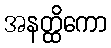
အနတ္ထိကော